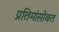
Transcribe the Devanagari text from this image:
प्रतिमांसोबत